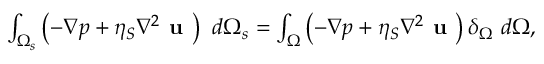
\begin{array} { r } { \int _ { \Omega _ { s } } \left( - \nabla p + \eta _ { S } \nabla ^ { 2 } \textbf { u } \right) ~ d \Omega _ { s } = \int _ { \Omega } \left( - \nabla p + \eta _ { S } \nabla ^ { 2 } \textbf { u } \right) \delta _ { \Omega } ~ d \Omega , } \end{array}